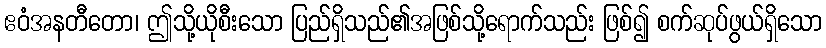
ဧဝံအနတီတော၊ ဤသို့ယိုစီးသော ပြည်ရှိသည်၏အဖြစ်သို့ရောက်သည်း ဖြစ်၍ စက်ဆုပ်ဖွယ်ရှိသော